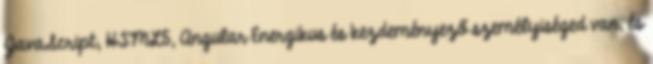
JavaScript, HTML5, Angular Energikus és kezdeményező személyiséged van, és